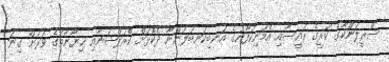
ސްރީލަންކާގެ ކުރީގެ ރައީސާއި އެމަނިކުފާނުގެ އަނބިކަނބަލުންނާ ދެކޮޅަށް ކޮރަޕްޝަނާއި ޚިޔާނާތުގެ ވަރަށް ގިނަ